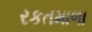
રકતમાળા